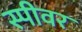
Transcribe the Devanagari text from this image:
स्पीवर